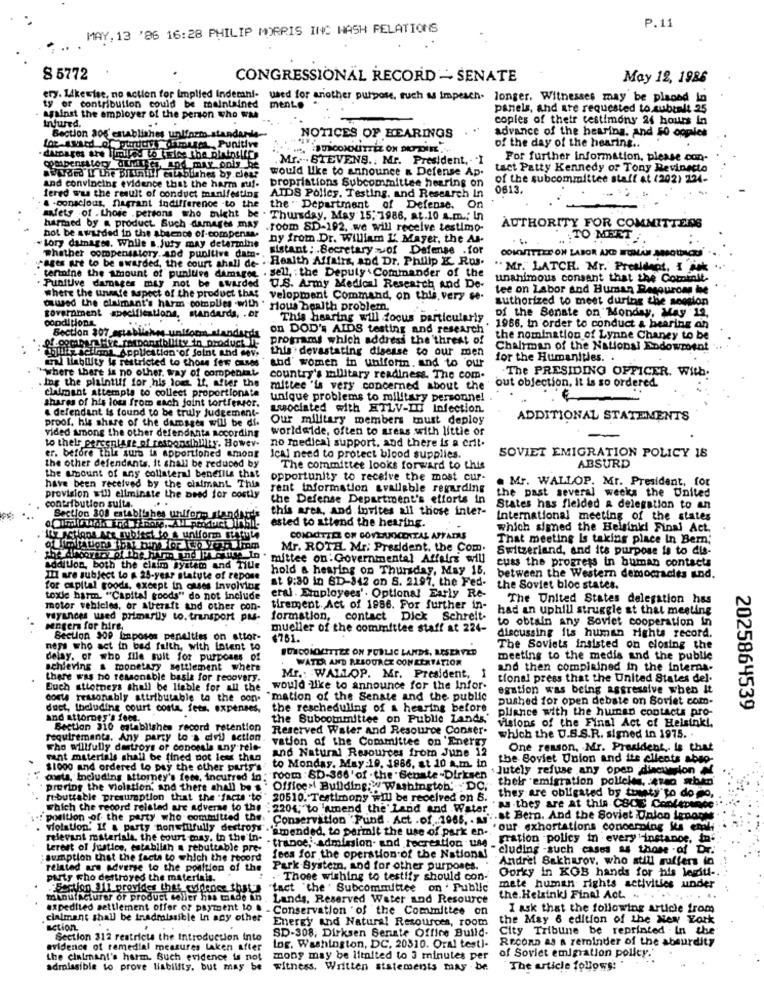
MAY, 13 '86 16:28 PHILIP MORRIS INC WASH RELATIONS
P.11
8 5772
CONGRESSIONAL RECORD - SENATE
May 12, 1986
ery. Likewise, no action for Implied Indemni-
used for another purpose, such as impeach. longer. Witnesses may be placed in
ty or contribution could be maintained
ment ..
panels, and are requested to subtelt 25
against the employer of the person who wa
Injured.
copies of their testimony 24 hours In
Section 206 establishes unlfnem standupile-
NOTICES OF HEARINGS
advance of the hearing. And 50 opples
for award of perdtive damages, Punitive
of the day of the hearing ..
Mr. . STEVENS .: Mr. President ,- . I
For further information, please con-
compensatory duties, and may onis he
would like to announce & Defense Ap.
tact Patty Kennedy or Tony Revinecto
ayded LY the Bitihill! establishes by.cles?
of the subcommittee staff at (202) 124-
and convincing evidence that the harm mif.
propriations Subcommittee hearing on
0613.
fered was the result of conduct manifesting
AIDS Policy. Testing, and Research In
& -conscious, flagrant indifference -to the
the " Department of Defense. On
safety of . those .persons who might be . Thursday, May 15; 1986, at.10 a.m .; In
harmed by a product Such damages may
.room SD-192. we will receive testimo-
AUTHORITY FOR COMMITTEES
tory damages. While s.Juty may determine
not be awarded in the absence of-compensa.
ny from Dr. William L' Mayer, the As-
. ..
. TO MEET
whether compensatory.and punitive dam-
sistant : . Secretary of Defense .for
pages are to be awarded, the court shali de- . Health Affairs, and Dr. Philip K. Rus.
"Mr."LATCH. Mr. President, I sok ..
termine the amount of punitive damages . sell, the Deputy Commander of the
unanimous consant that the Cominit.
. Punitive damages may not be awarded U.S. Army Medical Research and De-
tee on Labor and Human Resourons he
where the unnie aspect of the product that velopment Command, on this, very se-
authorized to meet during the seosion
caused the claimant's harm complies with . Hlou health problem.
government specifications.
of the Benate on Monday, May 12,
conditions
ations, stan
uds, . or
This hearing will focus particularly
Section 307 actabile
M-uniform
dards
on DOD's AIDS testing and research'
. 1966. in order to conduct & bearing an
programs which address the threat of
the nomination of Lynne Chaney to be
rigjulie sellona Application of Saint and move
this devastating disease to our men
Chairman of the National Endowment
wal liability is restricted to those fer cused
for the Humanities. .
where there is no other. way of compenkat
abd' women in uniform. and to our
.The PRESIDING OFFICER. With.
Ing the plaintiff for his lom. If, after the
country's military readiness. The com.
claimant attempts to collect proportionate
mittee 'la very concerned about the
out objection, it is so ordered.
shares of his loss from each joint tortferror.
unique problems to military personnel
& defendant is found to be truly Judgement-
Lasociated with HTLV-III Infection.
proof. his share of the damages will be di.
Our military members must deploy
ADDITIONAL STATEMENTS
worldwide, often to areas with little of
vided among the other defendants Rocording
to their percentage of responsibility. Howev.
no medical support, and there is a crit.
er. before this sura is apportioned among
Ical need to protect blood supplies.
SOVIET EMIGRATION POLICY 18
the other defendants. it shall be reduced by
the amount of any collateral benellis that
The committee looks forward to this
ABSURD
opportunity to receive the most cur-
. Mr. WALLOP. Mr. President, for
have been received by the claimant This
rent information available regarding
the past several weeks the United
provision will eliminate the need for costly
the Defense Department's efforts in
contribution suite.
this area, and invites all those inter-
States has flelded a delegation to an
Section 308 establishes uniform standkids
ested to attend the hearing.
International meeting of the states
which signed the Helsinki Final Act.
COMMITTEE ON GOVERNMENTAL AFFAIRS
That meeting Is taking place In Bemn.
Mr. ROTH. Mr. President, the Com.
Switzerland, and its purpose is to dis-
mittee on : Governmental Affairs will
cuss the progress in buman contacts
addition, both the claim System and Title
III are subject to a 25-year statute of repose
hold a hearing on Thursday, May 15. between the Western democracies ind.
at 9:30 in 6D-842 on S. 2197, the Fed-
for capital goods, except in ouses Involving
the Soviet bloc states.
toxie harm. "Capital goods" do not include
eral . Employees'. Optional Early Re-
The United States delegation has
motor vehicles, or atreraft and other con-
tirement. Act of 1986. For further in-
had an uphill struggle st that meeting
voyances wed primarily to. transport pas-
formation, contact Dick Schreit-
to obtain any Soviet cooperation in
engers for hire,
mueller of the committee staff at 224-
discussing its human Mghts record.
Section 900 Laposes penalties on attor-
$761.
neps who act in bed faith, with intent to
BUNCOMOCITTZE ON PUBLIC LANDE, RESERVED
The Soviets insisted on closing the
delay, or who file suit for purposes of
WATER AND RESOURCE CON EERTATIOR
meeting to the medis and the public
achieving & monetary settlement where
and then complained in the interna-
there was ho reasonable basis for recovery.
Mr .: WALLOP. Mr. President, I
tional press that the United States del.
would like to announce for the Infor-
egation was being aggressive when it
coste reasonably attributable to the pon-
"mation of the Senate and the public
pushed for open debate on Soviet com-
duct, Including court costa, fees. expenses,
the rescheduling of a hearing before
pliance with the hunan contacts pro-
2025864539
and attorney's fees.
the Bubootnmittee on Public Lands,'
Visions of the Final Act of Helsinki,
Section 310 establishes record retention
Reserved Water and Resource Conser-
requirements. Any party to a civil action.
vation of the Committee on Energy
which the U.S.S.R. signed in 1975. .
Tho willfully destroys of conceals any rele-
and Natural Resources from June 12
One reason, Mr. President, Is that
rant materials shall be fined not less than
the Soviet Union and its clients abso-
$1000 and ordered to pay the other parts's
to Monday, May :19, 1986, at 10 a.m. in
.Jutely refuse any open discussion if
osta, Including attorney's fees, incurred in:"room :SD-366' of . the " Senate -Dirksen '
their emigration policies, avo when
prering the violation, and there shall be s ' Office Building: "Washington, DC,
rebuttable presumption that the "facts to " 20510. Testimony will be received on S.
" they are obligated by trusty to do no,
which the record related are adverse to the :2204,"to "'amend the' Land and Water " they are at this CSCE Conference
position of the party who committed the Conservation Fund . Act . of.1965. . ti"at Bern. And the Soviet Union lenant
violation. If a party nonGlifully destross .amended, to permit the use of park en- "our exhortations concerning ka cauli
relevant materials, the court may, in the'in-
" trance, admission- and recreation use Fration policy in every 'instance, in
terest of Justice, establish a rebuttable pre-
cluding -such cases as those of Dr.
:sumption that the facts to which the record
fees for the operation of the National
Andrei Sakharov, who still suffers lo
related are adverse to the position of the Park System, and for other purposes.
party cho destroyed the materials.
. Those wishing to testify should con-
Corky In KGB hands for his legiti -.
Section 811 provides that cuidados that']
"fact 'the ' Subcommuttee on ' Public
mete human rights activities under
manufacturer of product seller has made in
Lands, Reserved Water and Resource
the.Helsinki Final Act. .. ...
expedited settlement offer of payment to &
- Conservation of the Committee on
I ask that the following article from
.cialmant shall be inadmissible in any other
Energy and Natural Resources, room
the May 6 edition of the New York
action
SD-308, Dirksen Senate Office Build-
City Tribune be reprinted in the
Section 312 restricta the Introduction into
evidence of remedial measures laken after
tog. Washington, DC, 20510. Oral testl-
RECORD AS a reminder of the absurdity
the claimant's harm. Such evidence is not
mony may be limited to 3 minutes per
of Soviet emigration polley."
admissible to prove liability, but may be
witness, Written statements mas - be
The article follows: "